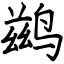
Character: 鹚